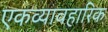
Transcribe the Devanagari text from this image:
एकव्यावहारिक